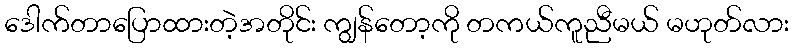
ဒေါက်တာပြောထားတဲ့အတိုင်း ကျွန်တော့ကို တကယ်ကူညီမယ် မဟုတ်လား